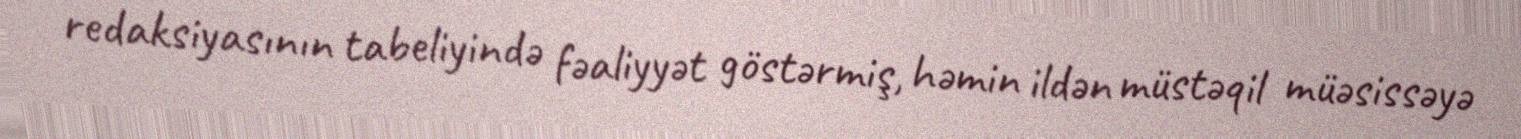
redaksiyasının tabeliyində fəaliyyət göstərmiş, həmin ildən müstəqil müəsissəyə